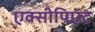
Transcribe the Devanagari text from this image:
एक्सीपिएंट